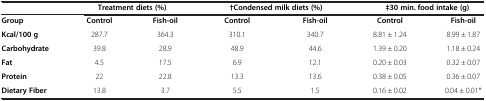
|  | <COLSPAN=2> Treatment diets (%) | <COLSPAN=2> †Condensed milk diets (%) | <COLSPAN=2> ‡30 min. food intake (g) |
 | --- | --- | --- | --- | --- | --- | --- |
 | Group | Control | Fish-oil | Control | Fish-oil | Control | Fish-oil |
 | Kcal/100 g | 287.7 | 364.3 | 310.1 | 340.7 | 8.81 ± 1.24 | 8.99 ± 1.87 |
 | Carbohydrate | 39.8 | 28.9 | 48.9 | 44.6 | 1.39 ± 0.20 | 1.18 ± 0.24 |
 | Fat | 4.5 | 17.5 | 6.9 | 12.1 | 0.20 ± 0.03 | 0.32 ± 0.07 |
 | Protein | 22 | 22.8 | 13.3 | 13.6 | 0.38 ± 0.05 | 0.36 ± 0.07 |
 | Dietary Fiber | 13.8 | 3.7 | 5.5 | 1.5 | 0.16 ± 0.02 | 0.04 ± 0.01* |